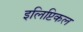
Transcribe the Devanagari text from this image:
इलिप्टिकल